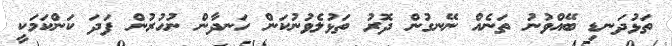
ތަޅުދަނޑި ބޭއްވުނު ތަނެއް ނޭނގުން ދޮރު ތަޅުލެވުނުކަން ހަނދާން ނުހުރުން ފަދަ ކަންކަމަކީ